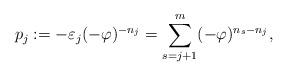
LaTeX: \begin{align*}p_j:= -\varepsilon_j (-\varphi)^{-n_j} =\sum_{s=j+1}^m(-\varphi)^{n_s-n_j} ,\end{align*}